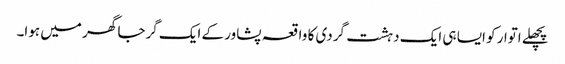
پچھلے اتوار کو ایسا ہی ایک دہشت گردی کا واقعہ پشاور کے ایک گرجا گھر میں ہوا۔